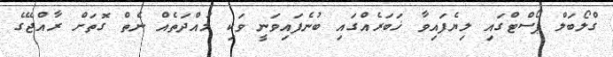
ގްލޯބަލް ޕޯސްޓްގައި ލިޔެފައިވާ ޚަބަރެއްގައި ބުނެފައިވަނީ ވަކި މުއްދަތެއް ނެތް ގޮތަށް ރާއްޖޭގެ